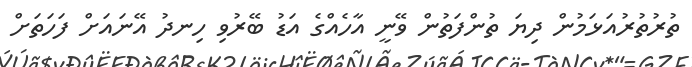
ތުރުތުރުއަޅަމުން ދިޔަ ތުންފަތުން ވޭނީ އާހެއްގެ އަޑު ބޭރުވި ހިނދު އޭނައަށް ފަހަތަށް